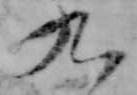
九